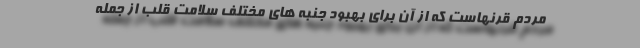
مردم قرنهاست که از آن برای بهبود جنبه های مختلف سلامت قلب از جمله